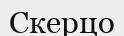
Скерцо